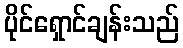
ပိုင်ရှောင်ချန်းသည်